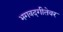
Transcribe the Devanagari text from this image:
भगवदगीतेवर